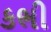
કભી